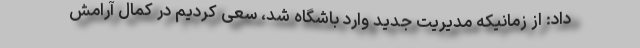
داد: از زمانیکه مدیریت جدید وارد باشگاه شد، سعی کردیم در کمال آرامش